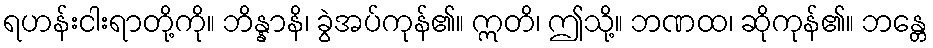
ရဟန်းငါးရာတို့ကို။ ဘိန္နာနိ၊ ခွဲအပ်ကုန်၏။ ဣတိ၊ ဤသို့။ ဘဏထ၊ ဆိုကုန်၏။ ဘန္တေ